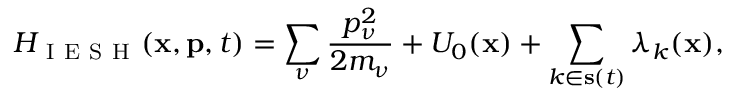
H _ { \mathrm { ~ I ~ E ~ S ~ H ~ } } ( \mathbf { x } , \mathbf { p } , t ) = \sum _ { \nu } \frac { p _ { \nu } ^ { 2 } } { 2 m _ { \nu } } + U _ { 0 } ( \mathbf { x } ) + \sum _ { k \in \mathbf { s } ( t ) } \lambda _ { k } ( \mathbf { x } ) ,